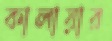
কালায়ার